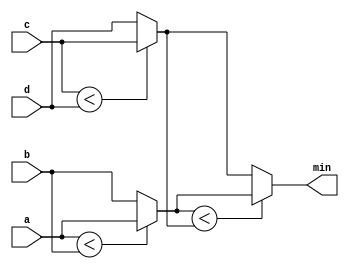
module top_module (
    input [7:0] a, b, c, d,
    output [7:0] min);//

    // assign intermediate_result1 = compare? true: false;
    wire [7:0] w1, w2;
    always@(*)
        begin
            w1 = (a<b)?a:b;
            w2 = (c<d)?c:d;
            min = (w1<w2)?w1:w2;
        end
endmodule